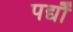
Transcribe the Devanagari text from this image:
पद्यौं